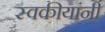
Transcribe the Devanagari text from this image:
स्वकीयांनी